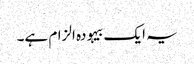
یہ ایک بیہودہ الزام ہے۔